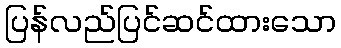
ပြန်လည်ပြင်ဆင်ထားသော